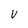
Character: V